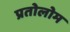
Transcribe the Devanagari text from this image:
प्रतोलोम